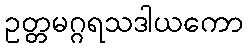
ဥတ္တမဂ္ဂရသဒါယကော